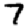
Digit: 7